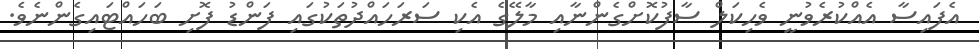
އެފައިސާ އެއްކުރެވުނީ ވެހިކަލް ސާފުކޮށްގެންނާއި މާލޭގެ އެކި ސަރަހައްދުތަކުގައި ފަންޑު ފޮށި ބަހައްޓައިގެންނެވެ.